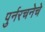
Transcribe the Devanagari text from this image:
पुर्नरचनेचे